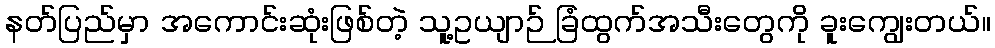
နတ်ပြည်မှာ အကောင်းဆုံးဖြစ်တဲ့ သူ့ဥယျာဉ် ခြံထွက်အသီးတွေကို ခူးကျွေးတယ်။